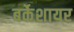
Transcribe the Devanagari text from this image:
बर्केशायर